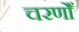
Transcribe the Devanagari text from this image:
चरणोँ